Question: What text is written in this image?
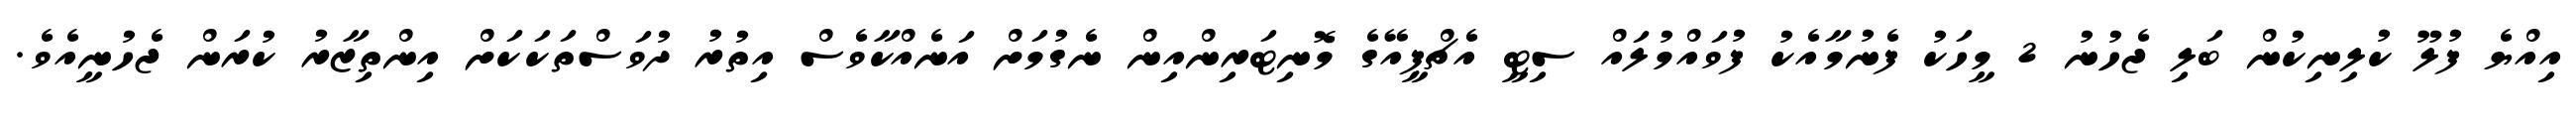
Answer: އިއްޔެ ފުލޫ ކުލިނިކުން ބަލި ޖެހުނު 2 މީހަކު ފެނުމާއެކު ފުވައްމުލައް ސިޓީ އެޗްޕީއޭގެ މޮނިޓަރިންއިން ނެގުމަށް އަނެއްކާވެސް އިތުރު ދުވަސްތަކަކަށް އިންތިޒާރު ކުރަން ޖެހުނީއެވެ.